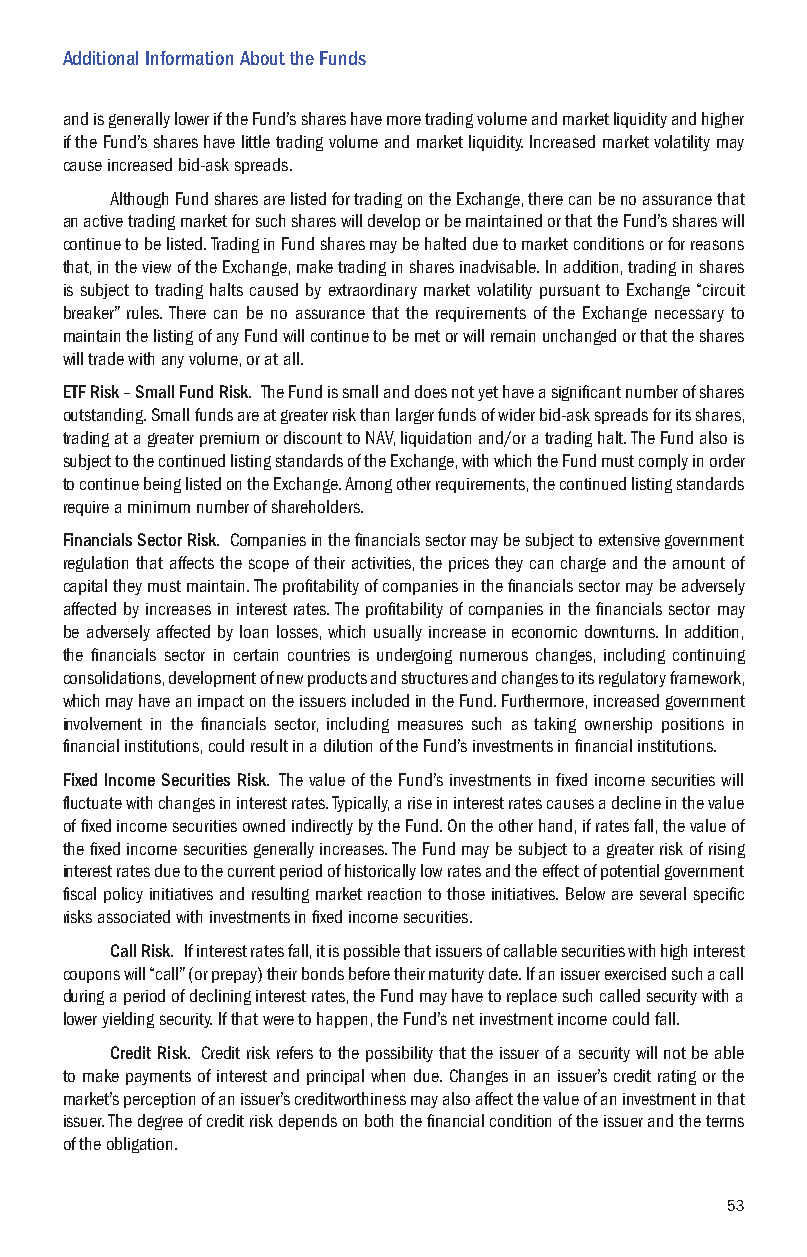
Additional Information About the Funds
 and is generally lower if the Fund’s shares have more trading volume and market liquidity and higher
 if the Fund’s shares have little trading volume and market liquidity. Increased market volatility may
 cause increased bid-ask spreads.
 Although Fund shares are listed for trading on the Exchange, there can be no assurance that
 an active trading market for such shares will develop or be maintained or that the Fund’s shares will
 continue to be listed. Trading in Fund shares may be halted due to market conditions or for reasons
 that, in the view of the Exchange, make trading in shares inadvisable. In addition, trading in shares
 is subject to trading halts caused by extraordinary market volatility pursuant to Exchange “circuit
 breaker” rules. There can be no assurance that the requirements of the Exchange necessary to
 maintain the listing of any Fund will continue to be met or will remain unchanged or that the shares
 will trade with any volume, or at all.
 ETF Risk – Small Fund Risk. The Fund is small and does not yet have a significant number of shares
 outstanding. Small funds are at greater risk than larger funds of wider bid-ask spreads for its shares,
 trading at a greater premium or discount to NAV, liquidation and/or a trading halt. The Fund also is
 subject to the continued listing standards of the Exchange, with which the Fund must comply in order
 to continue being listed on the Exchange. Among other requirements, the continued listing standards
 require a minimum number of shareholders.
 Financials Sector Risk. Companies in the financials sector may be subject to extensive government
 regulation that affects the scope of their activities, the prices they can charge and the amount of
 capital they must maintain. The profitability of companies in the financials sector may be adversely
 affected by increases in interest rates. The profitability of companies in the financials sector may
 be adversely affected by loan losses, which usually increase in economic downturns. In addition,
 the financials sector in certain countries is undergoing numerous changes, including continuing
 consolidations, development of new products and structures and changes to its regulatory framework,
 which may have an impact on the issuers included in the Fund. Furthermore, increased government
 involvement in the financials sector, including measures such as taking ownership positions in
 financial institutions, could result in a dilution of the Fund’s investments in financial institutions.
 Fixed Income Securities Risk. The value of the Fund’s investments in fixed income securities will
 fluctuate with changes in interest rates. Typically, a rise in interest rates causes a decline in the value
 of fixed income securities owned indirectly by the Fund. On the other hand, if rates fall, the value of
 the fixed income securities generally increases. The Fund may be subject to a greater risk of rising
 interest rates due to the current period of historically low rates and the effect of potential government
 fiscal policy initiatives and resulting market reaction to those initiatives. Below are several specific
 risks associated with investments in fixed income securities.
 Call Risk. If interest rates fall, it is possible that issuers of callable securities with high interest
 coupons will “call” (or prepay) their bonds before their maturity date. If an issuer exercised such a call
 during a period of declining interest rates, the Fund may have to replace such called security with a
 lower yielding security. If that were to happen, the Fund’s net investment income could fall.
 Credit Risk. Credit risk refers to the possibility that the issuer of a security will not be able
 to make payments of interest and principal when due. Changes in an issuer’s credit rating or the
 market’s perception of an issuer’s creditworthiness may also affect the value of an investment in that
 issuer. The degree of credit risk depends on both the financial condition of the issuer and the terms
 of the obligation.
 53